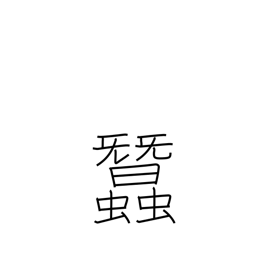
Meaning: silkworms